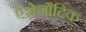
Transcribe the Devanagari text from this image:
ऐरोनौटिक